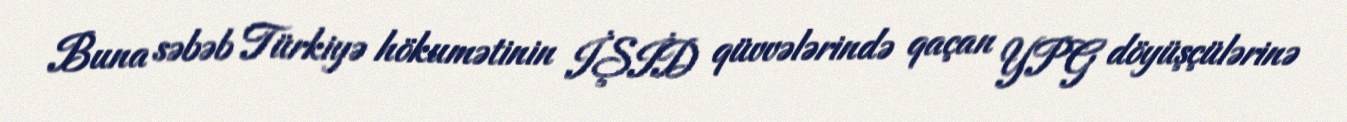
Buna səbəb Türkiyə hökumətinin İŞİD qüvvələrində qaçan YPG döyüşçülərinə